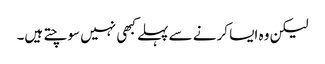
لیکن وہ ایسا کرنے سے پہلے کبھی نہیں سوچتے ہیں۔